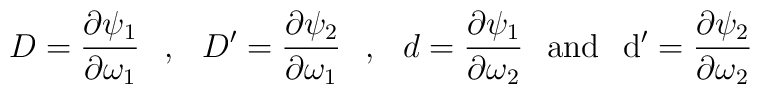
D = {\partial \psi_1 \over \partial \omega _1}\hskip 0.3 cm, \hskip 0.3 cm D' = {\partial \psi_2 \over \partial\omega _1} \hskip 0.3 cm, \hskip 0.3 cm d = {\partial \psi_1 \over\partial \omega _2} \hskip 0.3 cm \rm {and} \hskip 0.3 cmd' = {\partial \psi_2 \over \partial \omega _2}